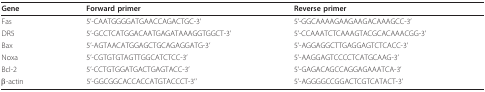
<table><thead><tr><td><b>Gene</b></td><td><b>Forward primer</b></td><td><b>Reverse primer</b></td></tr></thead><tbody><tr><td>Fas</td><td>5&#x27;-CAATGGGGATGAACCAGACTGC-3&#x27;</td><td>5&#x27;-GGCAAAAGAAGAAGACAAAGCC-3&#x27;</td></tr><tr><td>DR5</td><td>5&#x27;-GCCTCATGGACAATGAGATAAAGGTGGCT-3&#x27;</td><td>5&#x27;-CCAAATCTCAAAGTACGCACAAACGG-3&#x27;</td></tr><tr><td>Bax</td><td>5&#x27;-AGTAACATGGAGCTGCAGAGGATG-3&#x27;</td><td>5&#x27;-AGGAGGCTTGAGGAGTCTCACC-3&#x27;</td></tr><tr><td>Noxa</td><td>5&#x27;-CGTGTGTAGTTGGCATCTCC-3&#x27;</td><td>5&#x27;-AAGGAGTCCCCTCATGCAAG-3&#x27;</td></tr><tr><td>Bcl-2</td><td>5&#x27;-CCTGTGGATGACTGAGTACC-3&#x27;</td><td>5&#x27;-GAGACAGCCAGGAGAAATCA-3&#x27;</td></tr><tr><td>β-actin</td><td>5&#x27;-GGCGGCACCACCATGTACCCT-3&#x27;&#x27;</td><td>5&#x27;-AGGGGCCGGACTCGTCATACT-3&#x27;</td></tr></tbody></table>